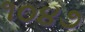
૧૦૪૭